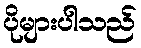
ပိုများပါသည်